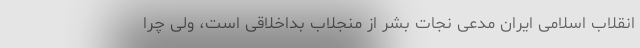
انقلاب اسلامی ایران مدعی نجات بشر از منجلاب بداخلاقی است، ولی چرا